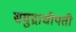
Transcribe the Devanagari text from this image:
समुद्राधीपती